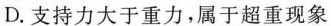
D.支持力大于重力，属于超重现象